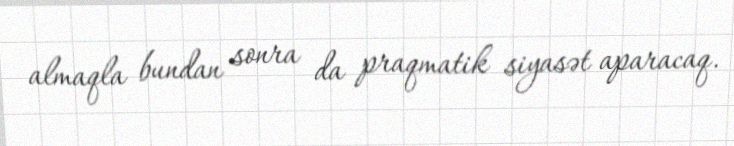
almaqla bundan sonra da praqmatik siyasət aparacaq.